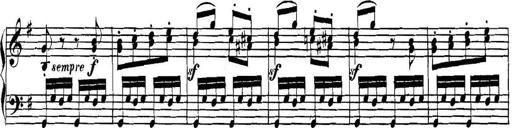
Title: Collected Piano Sonatas
Composer: Muzio Clementi